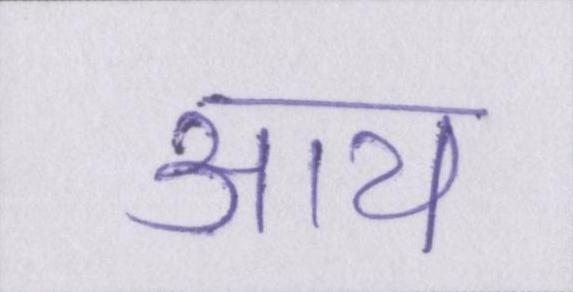
आय